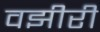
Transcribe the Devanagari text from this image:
वझीरी